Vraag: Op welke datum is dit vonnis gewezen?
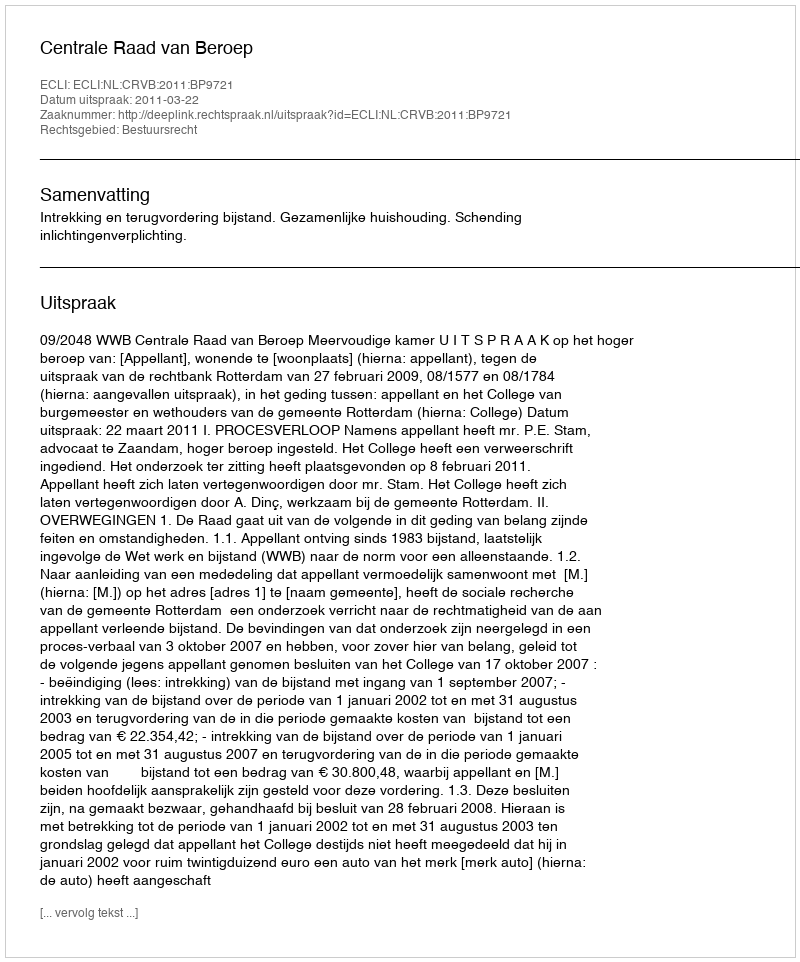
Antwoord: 2011-03-22